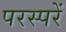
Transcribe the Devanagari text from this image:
परस्परें